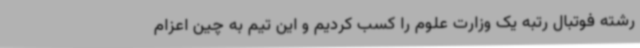
رشته فوتبال رتبه یک وزارت علوم را کسب کردیم و این تیم به چین اعزام